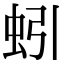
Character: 蚓